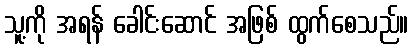
သူ့ကို အရန် ခေါင်းဆောင် အဖြစ် ထွက်စေသည်။